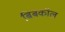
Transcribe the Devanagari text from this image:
बिबकॉल